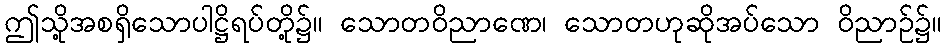
ဤသို့အစရှိသောပါဋ္ဌိရပ်တို့၌။ သောတဝိညာဏေ၊ သောတဟုဆိုအပ်သော ဝိညာဉ်၌။